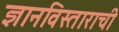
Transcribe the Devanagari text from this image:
ज्ञानविस्ताराची